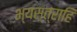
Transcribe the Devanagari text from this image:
भ्यस्त्राहि